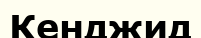
Кенджид